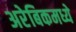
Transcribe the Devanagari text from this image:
अरेबिकमध्ये